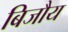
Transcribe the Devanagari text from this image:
बिजौय